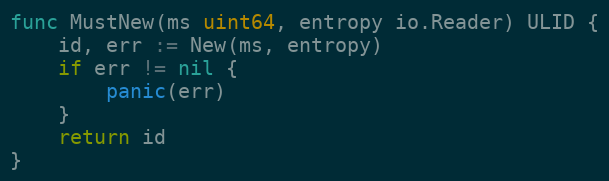
Language: Go
func MustNew(ms uint64, entropy io.Reader) ULID {
	id, err := New(ms, entropy)
	if err != nil {
		panic(err)
	}
	return id
}